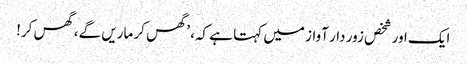
ایک اور شخص زور دار آواز میں کہتا ہے کہ، ’گھس کر ماریں گے، گھس کر!